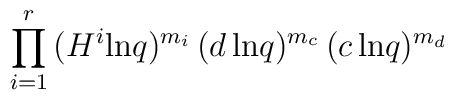
\prod_{i=1}^r\,(H^i{\rm ln}q)^{m_i}\,(d\,{\rm ln}q)^{m_c}\,(c\,{\rm ln}q)^{m_d}